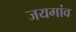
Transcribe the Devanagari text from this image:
जयगांव